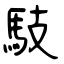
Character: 馶